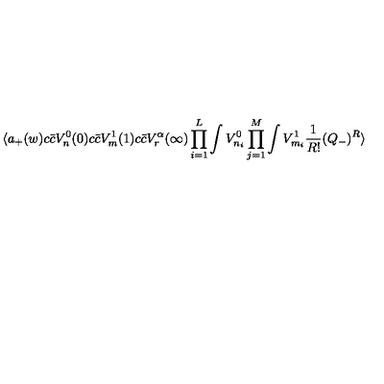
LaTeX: \langle a _ { + } ( w ) c { \bar { c } } V _ { n } ^ { 0 } ( 0 ) c { \bar { c } } V _ { m } ^ { 1 } ( 1 ) c { \bar { c } } V _ { r } ^ { \alpha } ( \infty ) \prod _ { i = 1 } ^ { L } \int V _ { n _ { i } } ^ { 0 } \prod _ { j = 1 } ^ { M } \int V _ { m _ { i } } ^ { 1 } { \frac { 1 } { R ! } } ( Q _ { - } ) ^ { R } \rangle